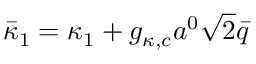
\bar { \kappa } _ { 1 } = \kappa _ { 1 } + g _ { \kappa , c } a ^ { 0 } \sqrt { 2 } \bar { q }